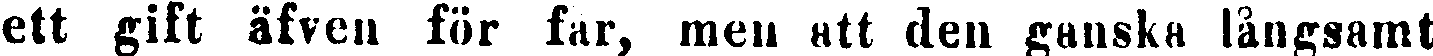
ett gift äfven för far, men att den ganska långsamt